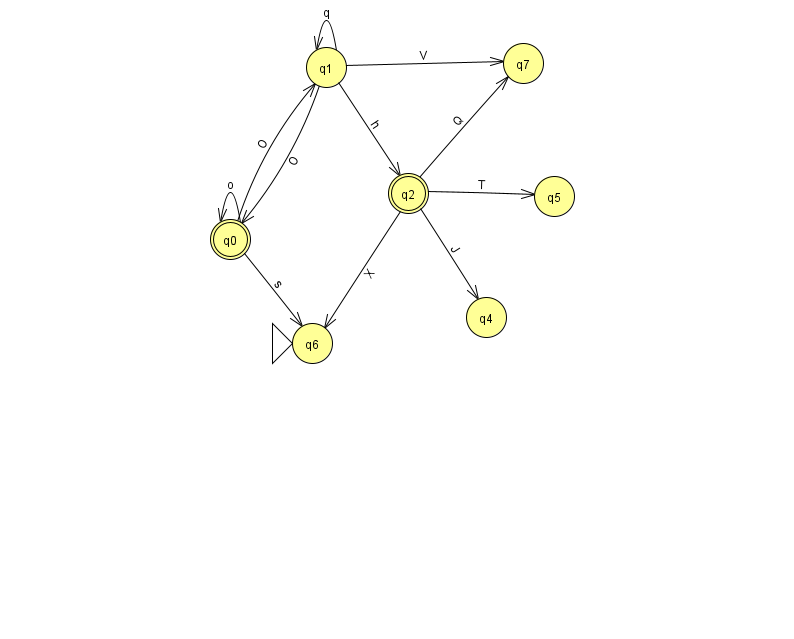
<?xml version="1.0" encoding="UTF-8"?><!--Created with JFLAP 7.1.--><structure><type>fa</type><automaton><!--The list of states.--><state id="0" name="q0"><x>230.0</x><y>226.0</y><final/></state><state id="1" name="q1"><x>326.0</x><y>54.0</y></state><state id="2" name="q2"><x>408.0</x><y>180.0</y><final/></state><state id="4" name="q4"><x>486.0</x><y>304.0</y></state><state id="5" name="q5"><x>554.0</x><y>183.0</y></state><state id="6" name="q6"><x>312.0</x><y>330.0</y><initial/></state><state id="7" name="q7"><x>523.0</x><y>50.0</y></state><!--The list of transitions.--><transition><from>1</from><to>1</to><read>q</read></transition><transition><from>2</from><to>4</to><read>J</read></transition><transition><from>0</from><to>6</to><read>s</read></transition><transition><from>2</from><to>7</to><read>Q</read></transition><transition><from>1</from><to>7</to><read>V</read></transition><transition><from>2</from><to>6</to><read>X</read></transition><transition><from>2</from><to>5</to><read>T</read></transition><transition><from>0</from><to>1</to><read>O</read></transition><transition><from>1</from><to>0</to><read>O</read></transition><transition><from>1</from><to>2</to><read>h</read></transition><transition><from>0</from><to>0</to><read>o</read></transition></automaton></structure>